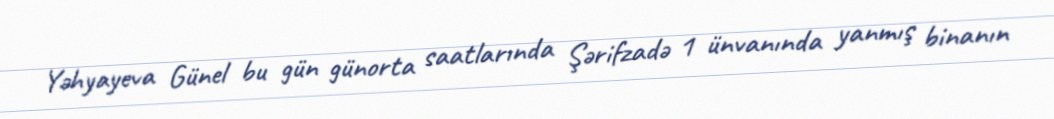
Yəhyayeva Günel bu gün günorta saatlarında Şərifzadə 1 ünvanında yanmış binanın